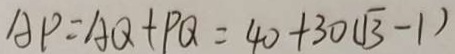
A P = A Q + P Q = 4 0 + 3 0 ( \sqrt { 3 } - 1 )